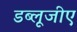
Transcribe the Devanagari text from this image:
डब्लूजीए